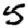
Digit: 5